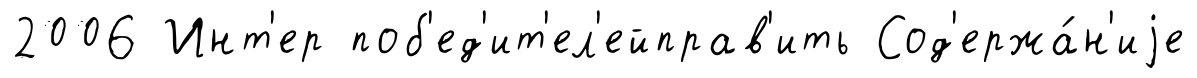
2006 Инт'ер поб'ед'ит'ел'ейправ'ить Сод'ержа́н'иjе